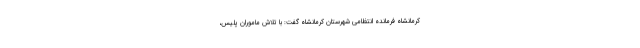
کرمانشاه فرمانده انتظامی شهرستان کرمانشاه گفت: با تلاش ماموران پلیس،